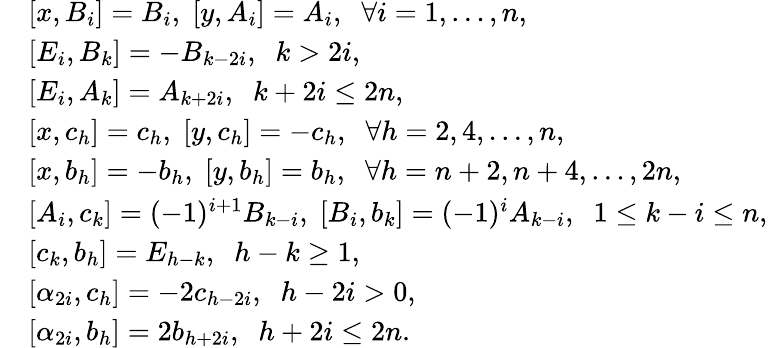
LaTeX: \begin{array}{rl}&{[x,B_{i}]=B_{i},\; [y,A_{i}]=A_{i},\; \; \forall i=1,\ldots,n,}\\ &{[E_{i},B_{k}]=-B_{k-2i},\; \; k>2i,}\\ &{[E_{i},A_{k}]=A_{k+2i},\; \; k+2i\leq 2n,}\\ &{[x,c_{h}]=c_{h},\; [y,c_{h}]=-c_{h},\; \; \forall h=2,4,\ldots,n,}\\ &{[x,b_{h}]=-b_{h},\; [y,b_{h}]=b_{h},\; \; \forall h=n+2,n+4,\ldots,2n,}\\ &{[A_{i},c_{k}]=(-1)^{i+1}B_{k-i},\; [B_{i},b_{k}]=(-1)^{i}A_{k-i},\; \; 1\leq k-i\leq n,}\\ &{[c_{k},b_{h}]=E_{h-k},\; \; h-k\geq 1,}\\ &{[\alpha_{2i},c_{h}]=-2c_{h-2i},\; \; h-2i>0,}\\ &{[\alpha_{2i},b_{h}]=2b_{h+2i},\; \; h+2i\leq 2n.}\end{array}